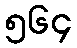
၅၆၄